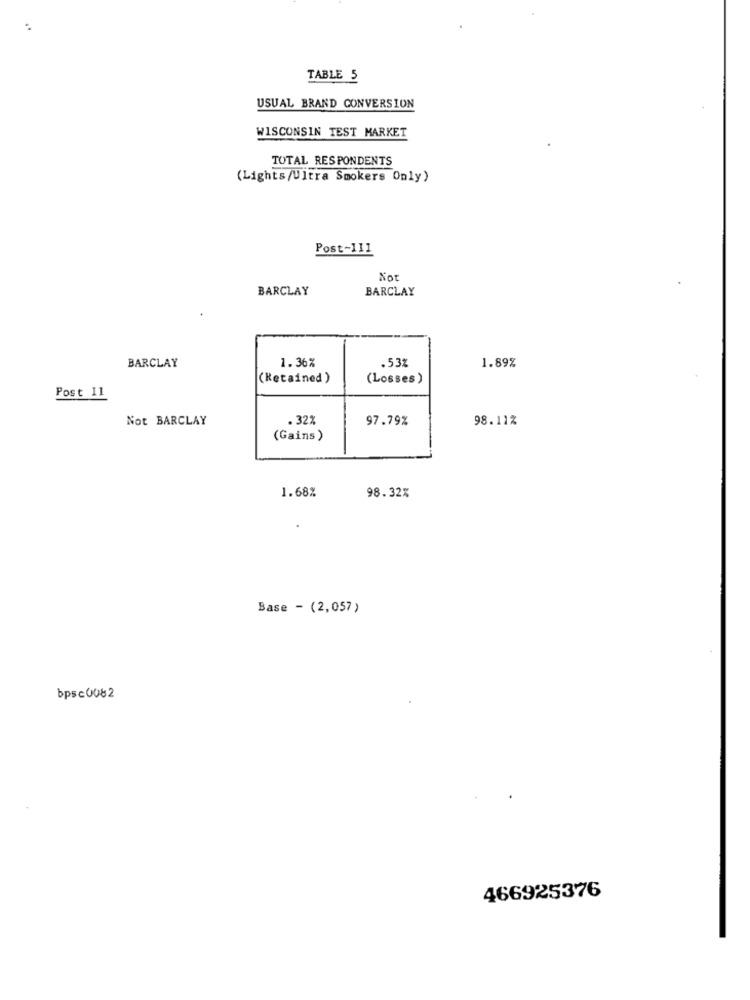
TABLE 5
USUAL BRAND CONVERSION
WISCONSIN TEST MARKET
TOTAL RESPONDENTS
(Lights/Ultra Smokers Only)
Post-111
Not
BARCLAY
BARCLAY
1. 36%
BARCLAY
.53%
1.89%
(Retained )
(Losses)
Post 11
Not BARCLAY
. 32%
97.79%
98.11%
(Gains)
1.68%
98.32%
Base - (2,057 )
bpsc0082
466925376